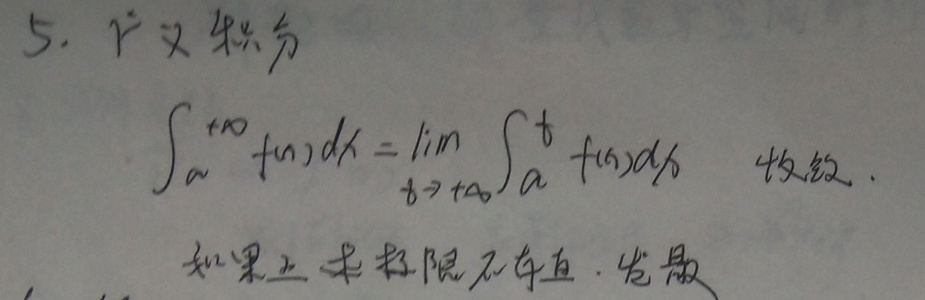
5. 广义积分
\[
\int_{a}^{+\infty} f(x)dx = \lim_{t \to +\infty} \int_{a}^{t} f(x)dx \quad \text{收敛}.
\]
如果上述极限不存在，发散.